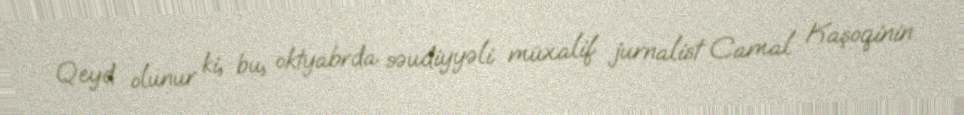
Qeyd olunur ki, bu, oktyabrda səudiyyəli müxalif jurnalist Camal Kaşoqinin